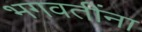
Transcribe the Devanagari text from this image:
भगवतींना